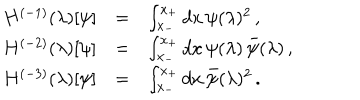
LaTeX: \begin{array} { r c l } { { H ^ { ( - 1 ) } ( \lambda ) [ \psi ] } } & { { = } } & { { \int _ { x _ { - } } ^ { x _ { + } } d x \, \psi ( \lambda ) ^ { 2 } \, , } } \\ { { H ^ { ( - 2 ) } ( \lambda ) [ \psi ] } } & { { = } } & { { \int _ { x _ { - } } ^ { x _ { + } } d x \, \psi ( \lambda ) \, \bar { \psi } ( \lambda ) \, , } } \\ { { H ^ { ( - 3 ) } ( \lambda ) [ \psi ] } } & { { = } } & { { \int _ { x _ { - } } ^ { x _ { + } } d x \, \bar { \psi } ( \lambda ) ^ { 2 } \, . \ } } \\ \end{array}